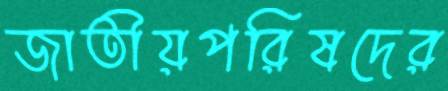
জাতীয়পরিষদের